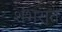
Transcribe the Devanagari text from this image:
शंभरात